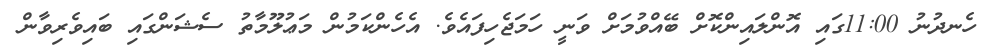
ހެނދުނު 11:00ގައި އޮންލައިންކޮށް ބޭއްވުމަށް ވަނީ ހަމަޖެހިފައެވެ. އެހެންކަމުން މަޢުލޫމާތު ސެޝަންގައި ބައިވެރިވާން